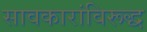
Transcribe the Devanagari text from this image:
सावकारांविरूद्ध